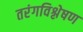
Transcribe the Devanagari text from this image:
तरंगविश्लेषण